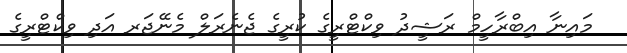
މައިނާ އިބްރާހީމް ރަޝީދު ވިކްޓްރީގެ ކުރީގެ ޖެނެރަލް މެނޭޖަރ އަދި ވިކްޓްރީގެ